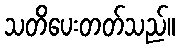
သတိပေးတတ်သည်။